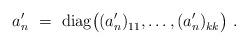
LaTeX: \begin{align*}a'_n\ =\ {\rm diag}\big((a'_n)_{11}^{},\ldots,(a'_n)_{kk}^{}\big)\ .\end{align*}